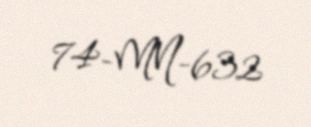
74-MN-632